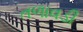
તળાવડી